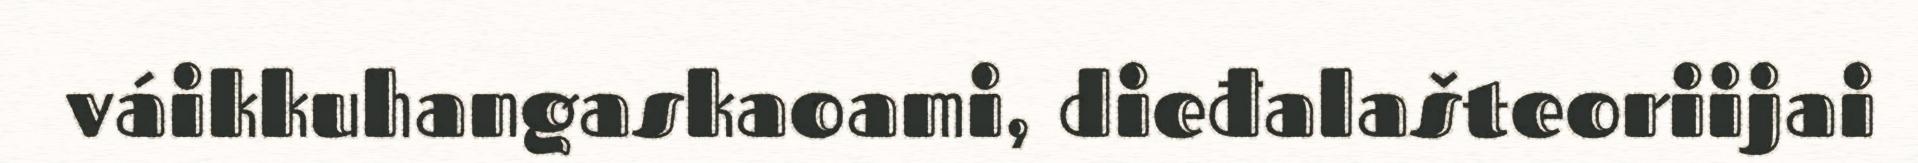
váikkuhangaskaoami, dieđalašteoriijai